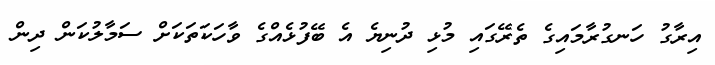
އިރާގު ހަނގުރާމައިގެ ތެރޭގައި މުޅި ދުނިޔެ އެ ބޭފުޅެއްގެ ވާހަކަތަކަށް ސަމާލުކަން ދިން